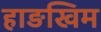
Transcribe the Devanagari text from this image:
हाङखिम